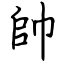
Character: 帥